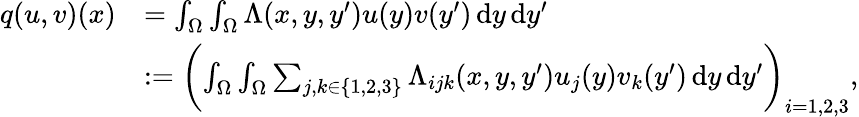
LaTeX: \begin{array}{rl}{q(u,v)(x)}&{=\int_{\Omega}\int_{\Omega}\Lambda(x,y,y^{\prime})u(y)v(y^{\prime})\mathop{\mathrm{d}y}\mathop{\mathrm{d}y^{\prime}}}\\ &{\mathrel{\mathop:}=\biggl(\int_{\Omega}\int_{\Omega}\sum_{j,k\in\{ 1,2,3\} }\Lambda_{ijk}(x,y,y^{\prime})u_{j}(y)v_{k}(y^{\prime})\mathop{\mathrm{d}y}\mathop{\mathrm{d}y^{\prime}}\biggr)_{i=1,2,3},}\end{array}